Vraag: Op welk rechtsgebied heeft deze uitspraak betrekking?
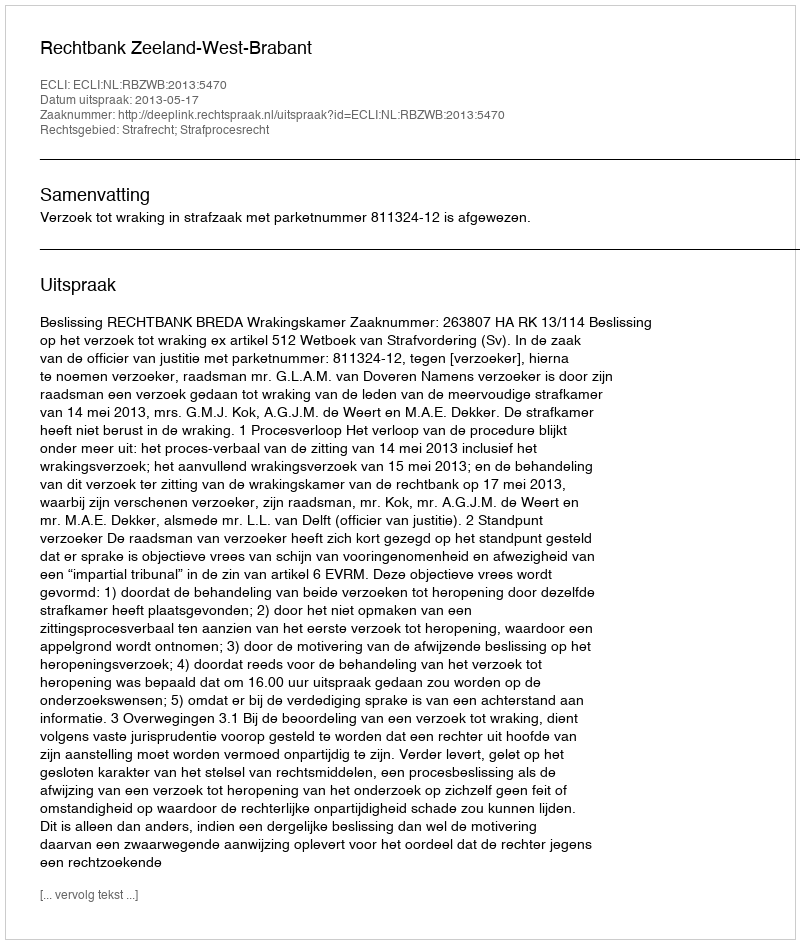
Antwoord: Strafrecht; Strafprocesrecht